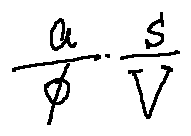
\frac { a } { \phi } \frac { s } { V }